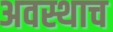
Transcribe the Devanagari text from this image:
अवस्थाच